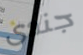
جندى